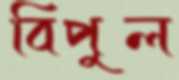
বিপুল